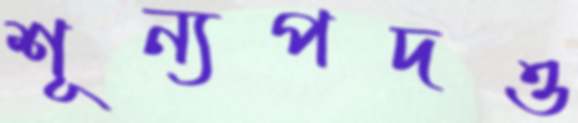
শূন্যপদও